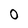
Character: 0